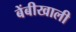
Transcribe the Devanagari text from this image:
बेंबीखाली